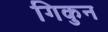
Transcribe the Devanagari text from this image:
गिकुन